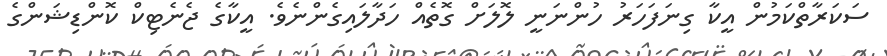
ސަކަރާތްކަމުން އީކާ ގިނަފަހަރު ހުންނަނީ ލޮލަށް ގޮތެއް ހަދާލައިގެންނެވެ. އީކާގެ ޖެނެޓިކް ކޮންޑިޝަންގެ